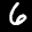
Label: 6